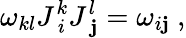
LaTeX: \omega_{kl}J_{\ i}^{k}J_{\ \mathbf{j}}^{l}=\omega_{i\mathbf{j}}\ ,